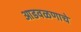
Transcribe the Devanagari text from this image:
आडवळणाचे